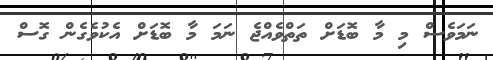
ނަމަވެސް މި މާ ބޮޑަށް ތަތްވެއްޖެ ނަމަ މާ ބޮޑަށް އެކުވެގެން ގޮސް